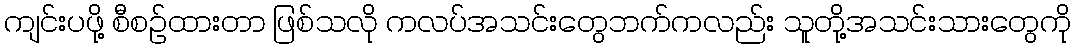
ကျင်းပဖို့ စီစဉ်ထားတာ ဖြစ်သလို ကလပ်အသင်းတွေဘက်ကလည်း သူတို့အသင်းသားတွေကို